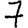
Digit: 7